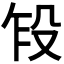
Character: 𬆢